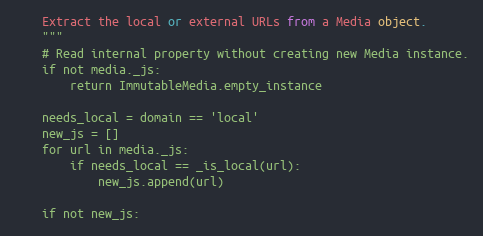
Language: Python
    Extract the local or external URLs from a Media object.
    """
    # Read internal property without creating new Media instance.
    if not media._js:
        return ImmutableMedia.empty_instance

    needs_local = domain == 'local'
    new_js = []
    for url in media._js:
        if needs_local == _is_local(url):
            new_js.append(url)

    if not new_js: